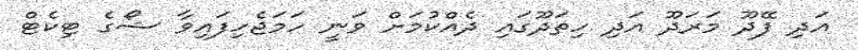
އަދި ފޭދޫ މަރަދޫ އަދި ހިތަދޫގައި ދެއްކުމަށް ވަނީ ހަމަޖެހިފައިވާ ޝޯގެ ޓިކެޓް